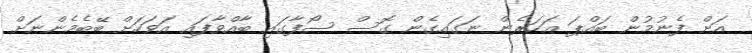
އަށް ފެނުމުން ބައްޕަ އަހަރެން ނަގައިގެން ގޮސް ސޯފާގައި ބާއްވާފައި އަވަހަށް ބޭބެމެންނަށް